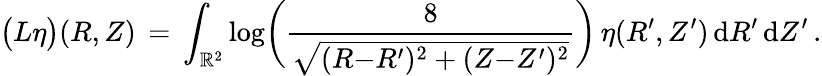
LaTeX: \bigl(L\eta\bigr)(R,Z)\, =\, \int_{\mathbb{R}^{2}}\log\biggl(\frac{8}{\sqrt{(R{-}R^{\prime})^{2}+(Z{-}Z^{\prime})^{2}}}\biggr)\, \eta(R^{\prime},Z^{\prime})\, \mathrm{d}R^{\prime}\, \mathrm{d}Z^{\prime}\, .